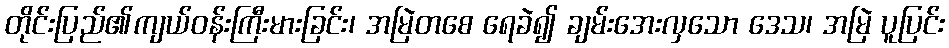
တိုင်းပြည်၏ကျယ်ဝန်းကြီးမားခြင်း၊ အမြဲတစေ ရေခဲ၍ ချမ်းအေးလှသော ဒေသ၊ အမြဲ ပူပြင်း